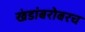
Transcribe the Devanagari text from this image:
खंडांबरोबरच